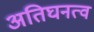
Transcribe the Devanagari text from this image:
अतिघनत्व